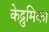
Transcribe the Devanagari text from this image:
केद्रुमिका